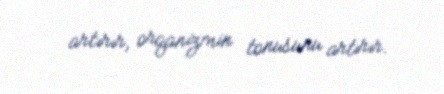
artırır, orqanizmin tonusunu artırır.